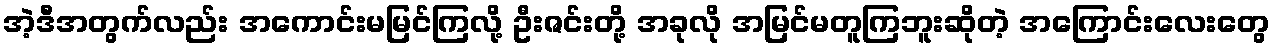
အဲ့ဒီအတွက်လည်း အကောင်းမမြင်ကြလို့ ဦးဇင်းတို့ အခုလို အမြင်မတူကြဘူးဆိုတဲ့ အကြောင်းလေးတွေ